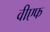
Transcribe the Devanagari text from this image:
वीएफ